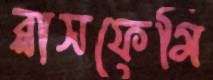
ব্লাসফেমি